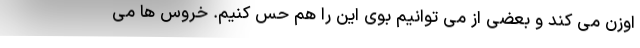
اوزن می کند و بعضی از می توانیم بوی این را هم حس کنیم. خروس ها می